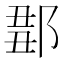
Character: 𨜈